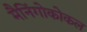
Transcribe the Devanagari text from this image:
मैनिंगोकोकल